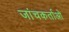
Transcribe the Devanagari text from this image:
जांचकर्ताओ